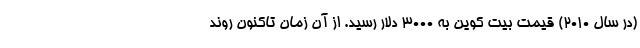
(در سال 2010) قیمت بیت کوین به 3000 دلار رسید. از آن زمان تاکنون روند